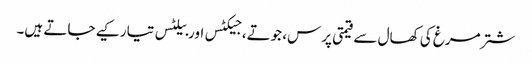
شتر مرغ کی کھال سے قیمتی پرس، جوتے، جیکٹس اور بیلٹس تیار کیے جاتے ہیں۔